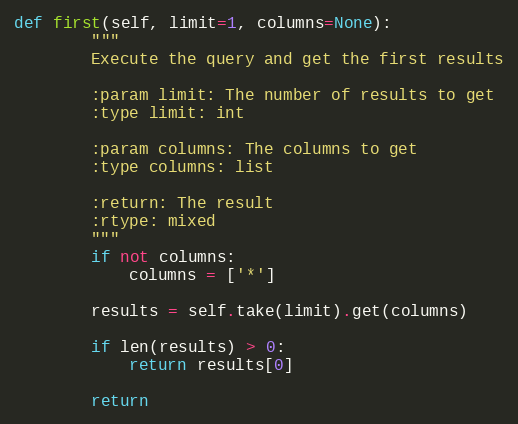
Language: Python
def first(self, limit=1, columns=None):
        """
        Execute the query and get the first results

        :param limit: The number of results to get
        :type limit: int

        :param columns: The columns to get
        :type columns: list

        :return: The result
        :rtype: mixed
        """
        if not columns:
            columns = ['*']

        results = self.take(limit).get(columns)

        if len(results) > 0:
            return results[0]

        return